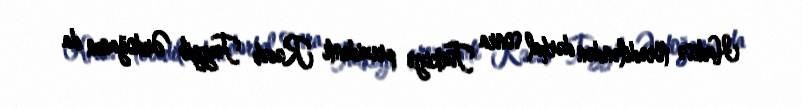
Hadisə törədiləndən dərhal sonra Türkiyə prezidenti Rəcəb Tayyib Ərdoğanın da